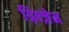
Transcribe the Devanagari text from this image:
ग़्रिन्ज़ेन